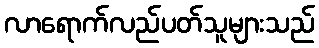
လာရောက်လည်ပတ်သူများသည်